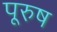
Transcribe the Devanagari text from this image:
पूरुष